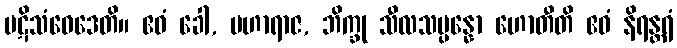
ပဋိသံဝေဒေတိ။ ဧဝံ ခေါ, မဟာရာဇ, ဘိက္ခု သီလသမ္ပန္နော ဟောတီတိ ဧဝံ နိရန္တရံ